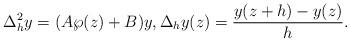
LaTeX: \begin{align*}\Delta_h^2 y = (A\wp(z)+B)y, \Delta_h y(z) = \frac{y(z+h)-y(z)}{h}.\end{align*}